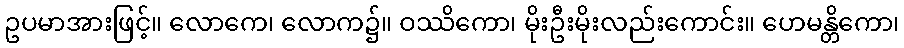
ဥပမာအားဖြင့်။ လောကေ၊ လောက၌။ ဝဿိကော၊ မိုးဦးမိုးလည်းကောင်း။ ဟေမန္တိကော၊